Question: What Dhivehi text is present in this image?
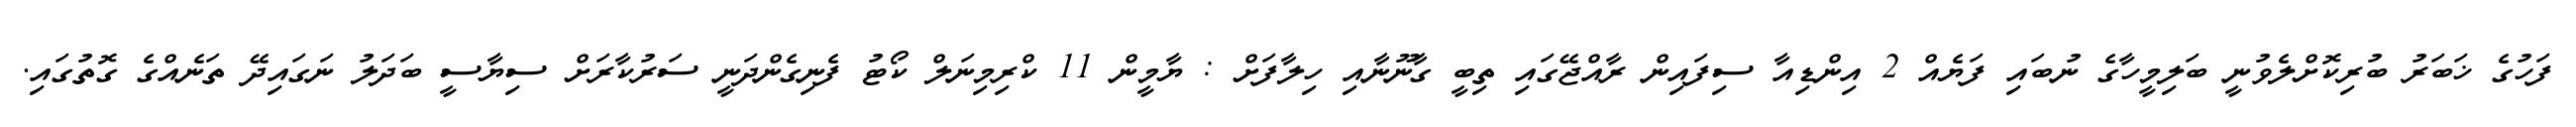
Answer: ފަހުގެ ޚަބަރު ބުރިކޮށްލެވުނީ ބަލިމީހާގެ ނުބައި ފަޔެއް 2 އިންޑިއާ ސިފައިން ރާއްޖޭގައި ތިބީ ގާނޫނާއި ހިލާފަށް : ޔާމީން 11 ކްރިމިނަލް ކޯޓު ފެނިގެންދަނީ ސަރުކާރަށް ސިޔާސީ ބަދަލު ނަގައިދޭ ތަނެއްގެ ގޮތުގައި.